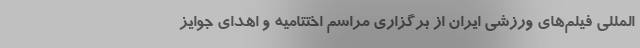
المللی فیلم‌های ورزشی ایران از برگزاری مراسم اختتامیه و اهدای جوایز